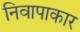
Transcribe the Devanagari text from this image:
निवापाकार